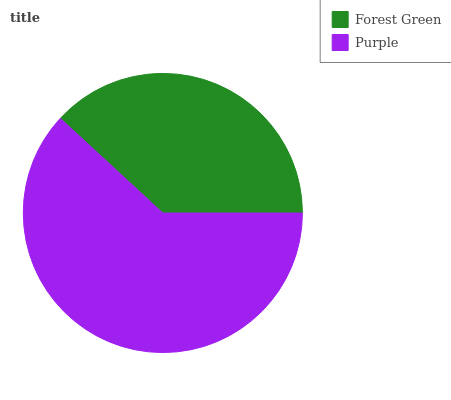
| Forest Green | Purple |
 | --- | --- |
 | 38.2% | 61.8% |